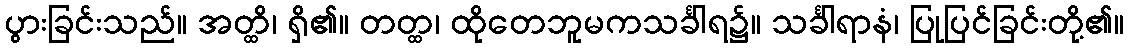
ပွားခြင်းသည်။ အတ္ထိ၊ ရှိ၏။ တတ္ထ၊ ထိုတေဘူမကသင်္ခါရ၌။ သင်္ခါရာနံ၊ ပြုပြင်ခြင်းတို့၏။